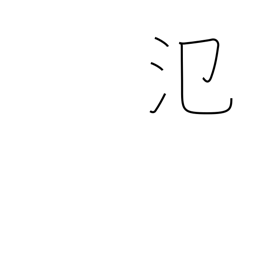
Meaning: spread out